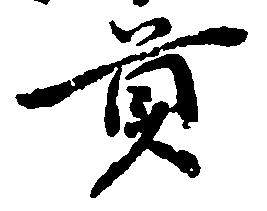
貢